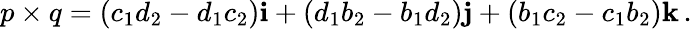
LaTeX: p\times q=(c_{1}d_{2}-d_{1}c_{2})\mathbf{i}+(d_{1}b_{2}-b_{1}d_{2})\mathbf{j}+(b_{1}c_{2}-c_{1}b_{2})\mathbf{k}\, .